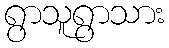
ရွာသူရွာသား